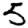
Digit: 5